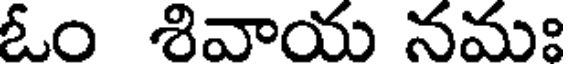
ఓం శివాయ నమః